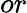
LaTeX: or